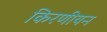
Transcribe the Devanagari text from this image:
किरणीयन